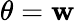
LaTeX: \theta=\mathbf{w}